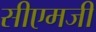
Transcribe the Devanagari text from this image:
सीएमजी